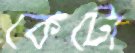
কেটো